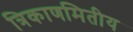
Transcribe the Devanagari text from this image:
त्रिकाणमितीय